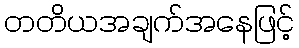
တတိယအချက်အနေဖြင့်